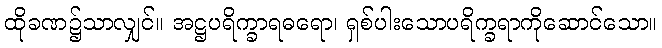
ထိုခဏ၌သာလျှင်။ အဋ္ဌပရိက္ခာရဓရော၊ ရှစ်ပါးသောပရိက္ခရာကိုဆောင်သော။